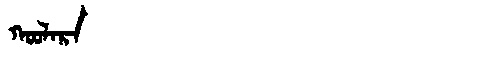
Manchu: ᡴᠣᠣᠯᠠᡵᠠ
Romanization: KOOLARA